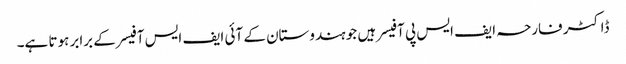
ڈاکٹر فارحہ ایف ایس پی آفیسر ہیں جو ہندوستان کے آئی ایف ایس آفیسر کے برابر ہوتا ہے۔